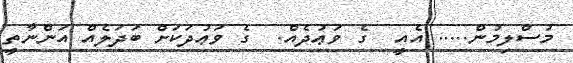
މުސްލިމުން..... އެއީ  ގެ ވަޢުދެއް.  ގެ ވަޢުދަކަށް ބަދަލެއް އަންނާތީ